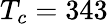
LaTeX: T_{c}=343